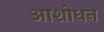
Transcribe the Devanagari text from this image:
आशोधन